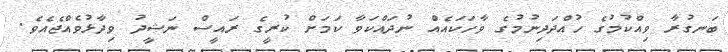
ބަނގުރާ ވިއްކުމުގެ ހުއްދަދިނުމުގެ ވާހަކައެއް ނުދައްކަވާ ކަމަށް ކުރީގެ ރައީސް ނަޝީދު ވިދާޅުވެއްޖެއެވެ.